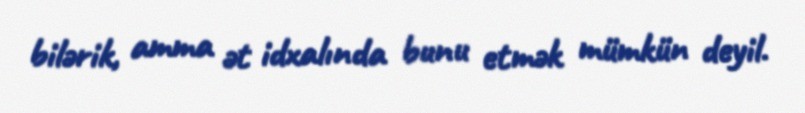
bilərik, amma ət idxalında bunu etmək mümkün deyil.